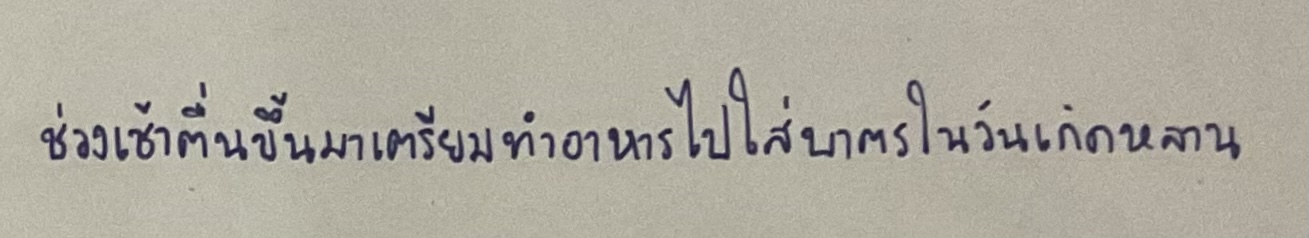
ช่วงเช้าตื่นขึ้นมาเตรียมทำอาหารไปใส่บาตรในวันเกิดหลาน